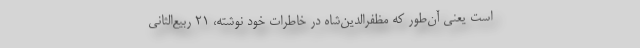
است یعنی آن‌طور که مظفرالدین‌شاه در خاطرات خود نوشته، ۲۱ ربیع‌الثانی